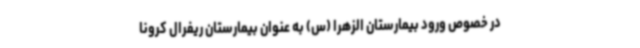
در خصوص ورود بیمارستان الزهرا (س) به عنوان بیمارستان ریفرال کرونا